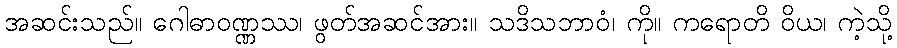
အဆင်းသည်။ ဂေါဓာဝဏ္ဏဿ၊ ဖွတ်အဆင်အား။ သဒိသဘာဝံ၊ ကို။ ကရောတိ ဝိယ၊ ကဲ့သို့